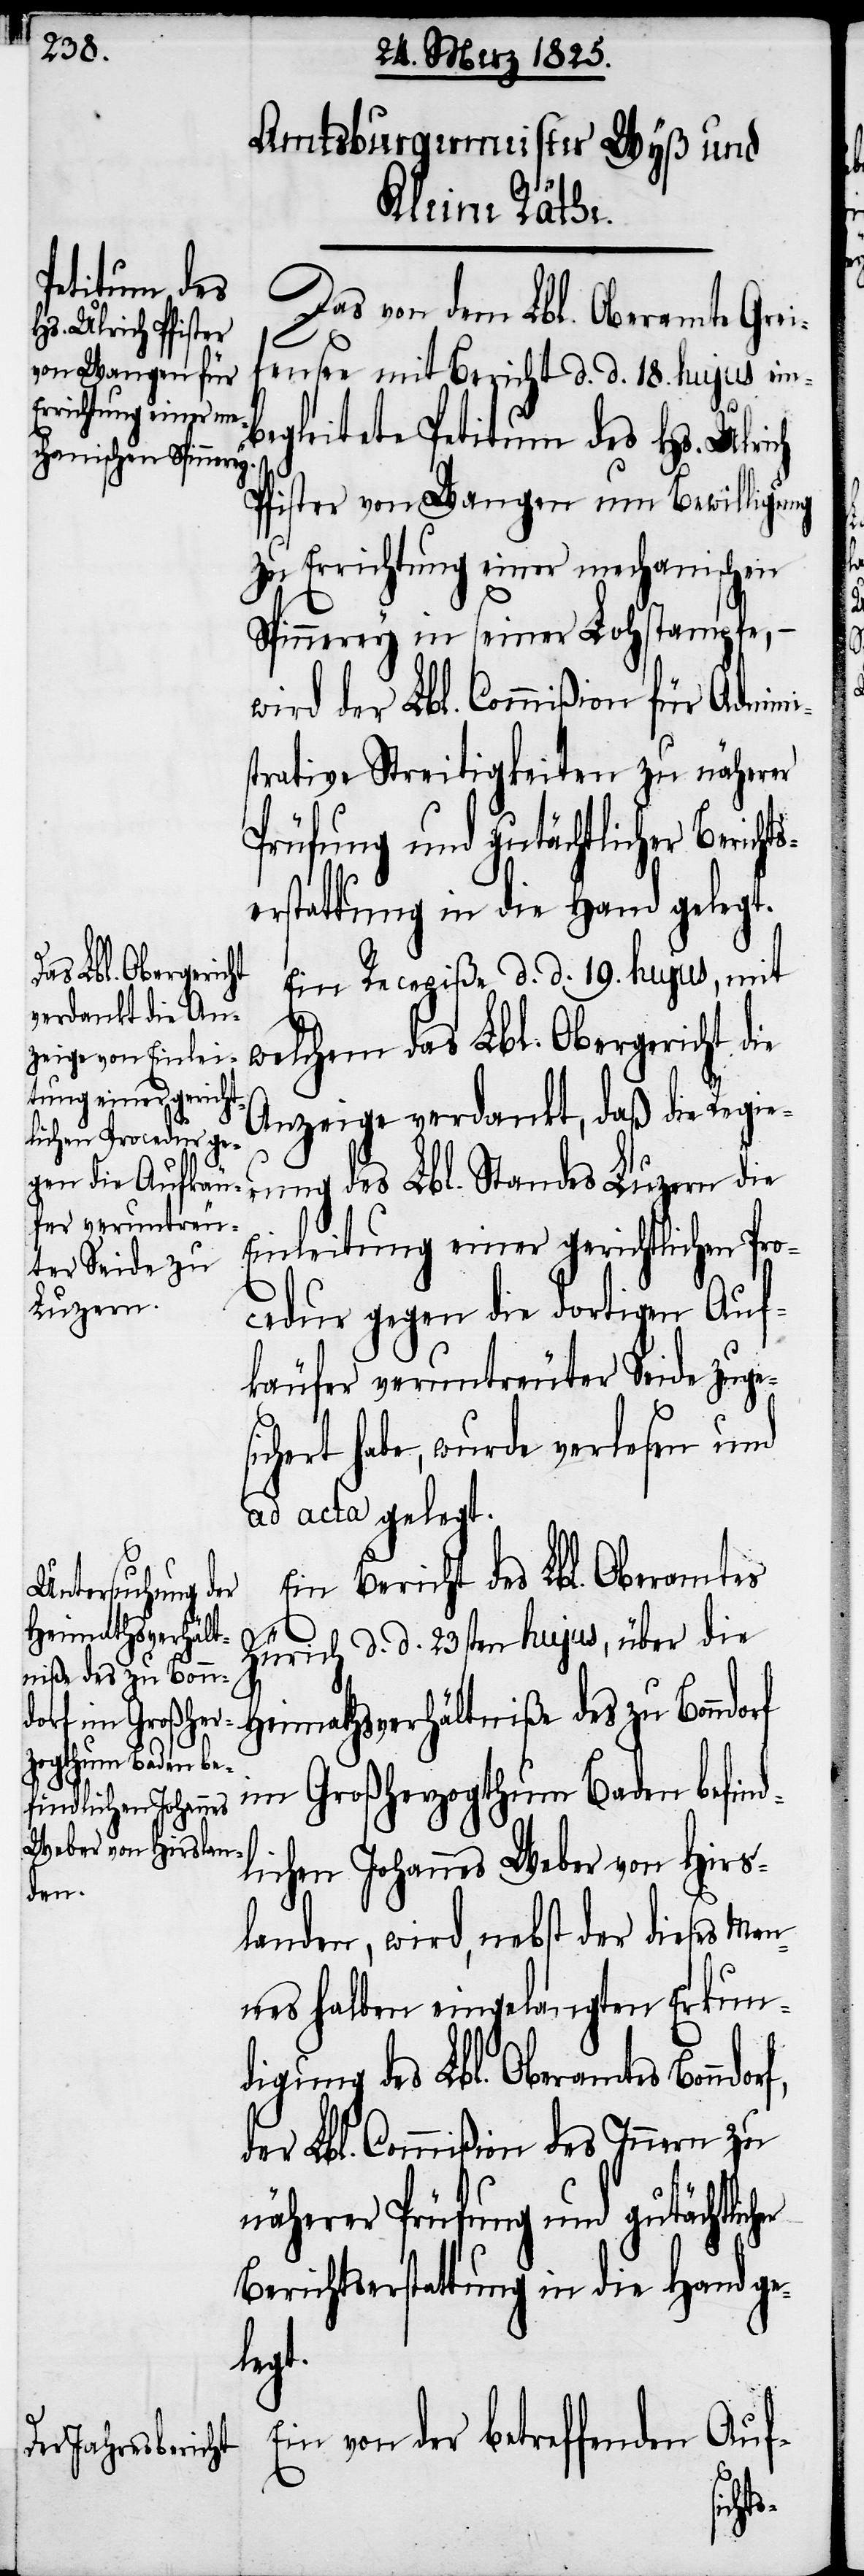
Das von dem Lbl. Oberamte Grei¬
fensee mit Bericht d. d. 18. hujus einb¬
egleitete Petitutm des Hs. Ulrich
Pfister von Wangen um Bewilligung
zu Errichtung einer mechanischen
Spinnerey in seiner Lohstampfe,
wird der Lbl. Commißion für Admin¬
trative Streitigkeiten zu näherer
Prüfung und gutächtlicher Bericht¬
serstattung in die Hand gelegt.
Ein Recepiße d. d. 19. hujus, mit
welchem das Lbl. Obergericht die
Anzeige verdankt, daß die Regie¬
rung des Lbl. Standes Luzern die
Einleitung einer gerichtlichen Pro¬
cedur gegen die dortigen Auf¬
käufer veruntreuter Seide zuge¬
ert habe, wurde verlesen und
ad acta gelegt.
Ein Bericht des Lbl. Oberamtes
rf,
Heimathsverhält¬
Zürich d. d. 23sten hujus, über die
niße des zu Bonn¬
im Großherzogthum Baden befind¬
lichen Johannes Weber von Hirs¬
landen, wird, nebst der dieses Man¬
nes halben eingelangten Erkun¬
digung des Lbl. Oberamtes Bonndo¬
der Lbl. Commißion des Innern zu
näherer Prüfung und gutächtlicher
Berichtserstattung in die Hand ge¬
legt.
Ein von der betreffenden Auf-
sich¬